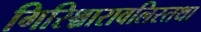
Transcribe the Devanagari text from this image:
गिरिश्चारावलिस्तथा